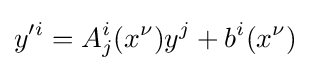
y'^{i}=A_{j}^{i}(x^{\nu })y^{j}+b^{i}(x^{\nu })